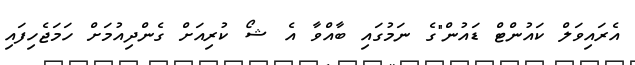
އެރައިވަލް ކައުންޓް ޑައުން"ގެ ނަމުގައި ބާއްވާ އެ ޝޯ ކުރިއަށް ގެންދިއުމަށް ހަމަޖެހިފައި